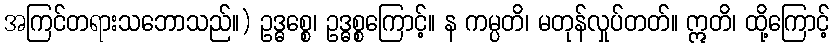
အကြင်တရားသဘောသည်။) ဥဒ္ဓစ္စေ၊ ဥဒ္ဓစ္စကြောင့်။ န ကမ္ပတိ၊ မတုန်လှုပ်တတ်။ ဣတိ၊ ထို့ကြောင့်